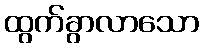
ထွက်ခွာလာသော